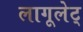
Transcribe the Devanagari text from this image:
लागूलेट्